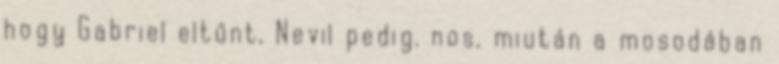
hogy Gabriel eltűnt, Nevil pedig. nos, miután a mosodában